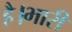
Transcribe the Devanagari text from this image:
है।भारी